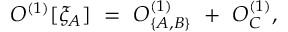
O ^ { ( 1 ) } [ \xi _ { A } ] \ = \ O _ { \{ A , B \} } ^ { ( 1 ) } \ + \ O _ { C } ^ { ( 1 ) } ,